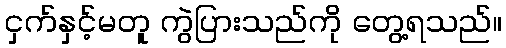
ငှက်နှင့်မတူ ကွဲပြားသည်ကို တွေ့ရသည်။